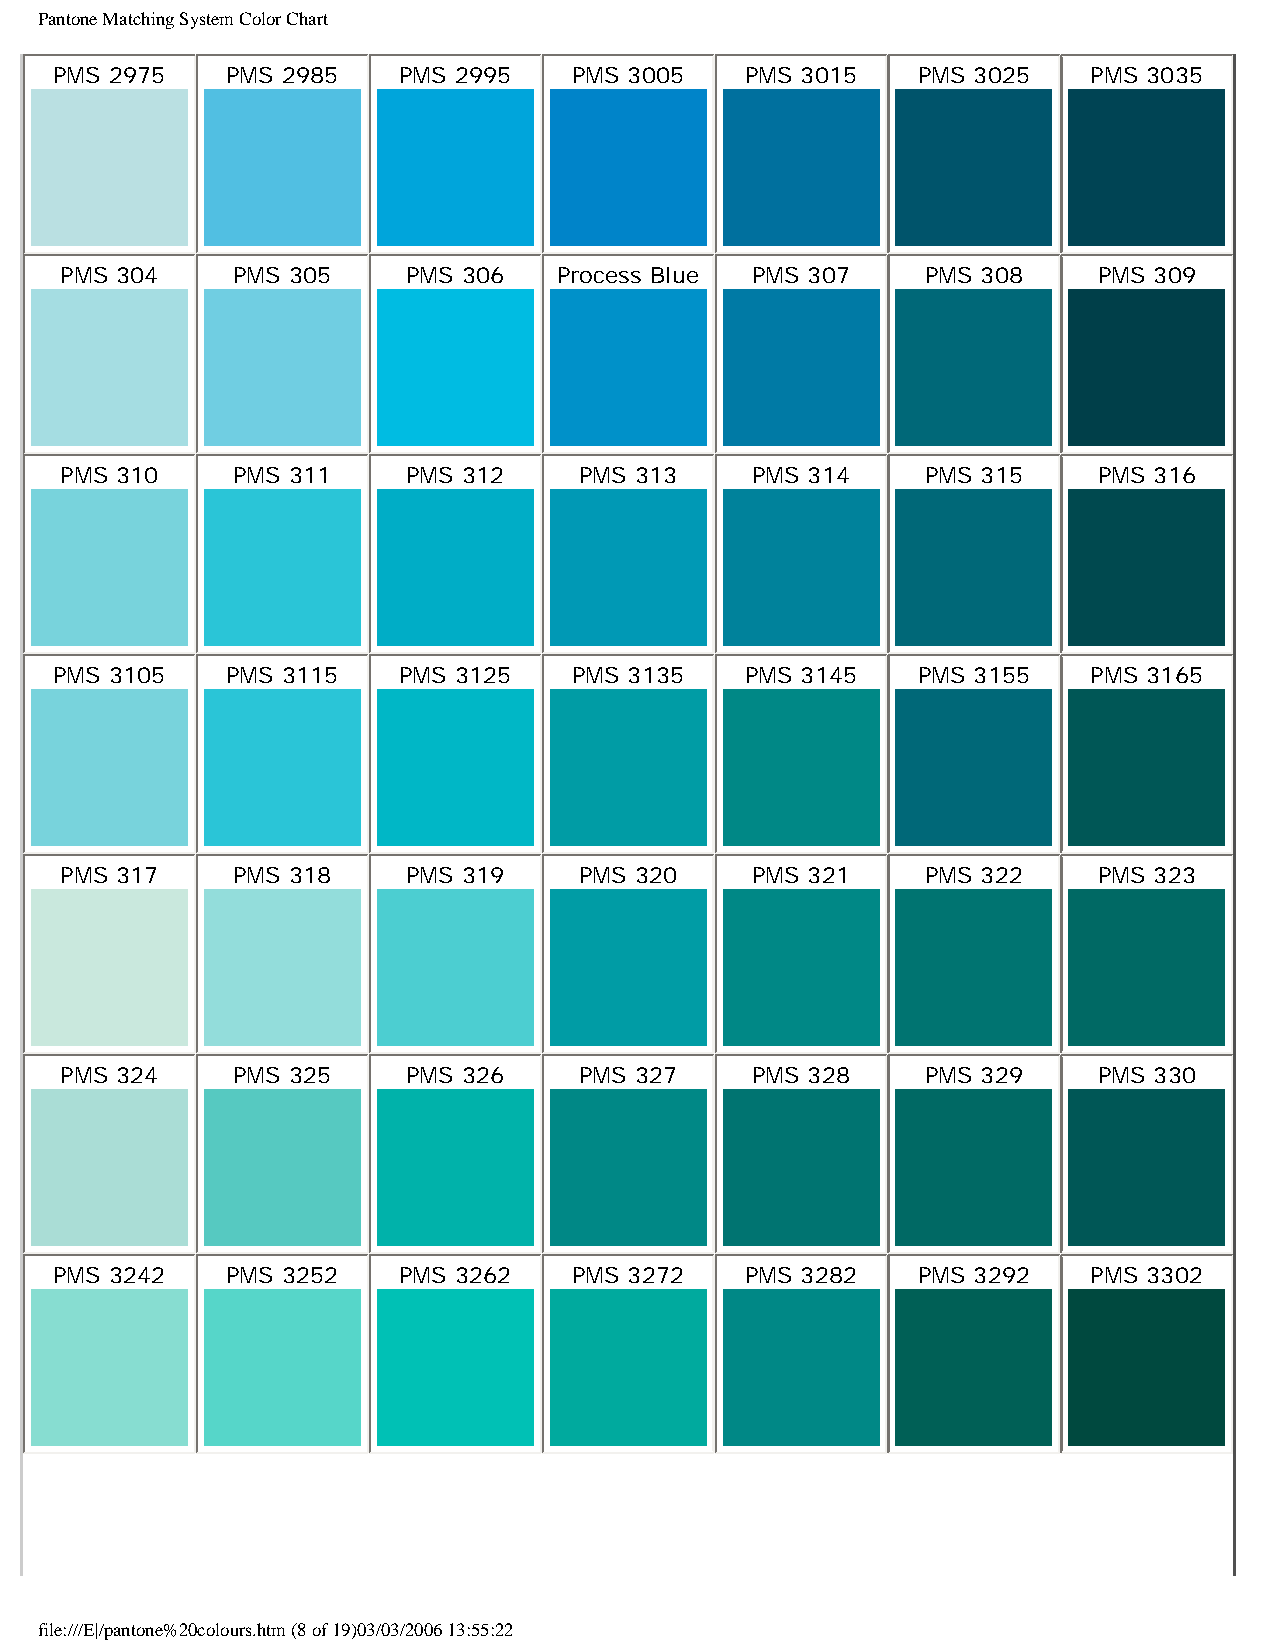
Pantone Matching System Color Chart
 PMS 2975   PMS 2985   PMS 2995    PMS 3005   PMS 3015    PMS 3025   PMS 3035
 PMS 304    PMS 305     PMS 306   Process Blue PMS 307    PMS 308     PMS 309
 PMS 310    PMS 311     PMS 312    PMS 313     PMS 314    PMS 315     PMS 316
 PMS 3105   PMS 3115   PMS 3125    PMS 3135   PMS 3145    PMS 3155   PMS 3165
 PMS 317    PMS 318     PMS 319    PMS 320     PMS 321    PMS 322     PMS 323
 PMS 324    PMS 325     PMS 326    PMS 327     PMS 328    PMS 329     PMS 330
 PMS 3242   PMS 3252   PMS 3262    PMS 3272   PMS 3282    PMS 3292   PMS 3302
 file:///E|/pantone%20colours.htm (8 of 19)03/03/2006 13:55:22